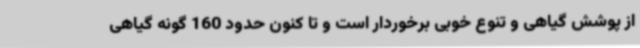
از پوشش گیاهی و تنوع خوبی برخوردار است و تا کنون حدود 160 گونه گیاهی